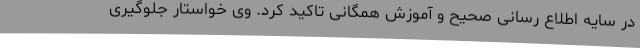
در سایه اطلاع رسانی صحیح و آموزش همگانی تاکید کرد. وی خواستار جلوگیری